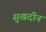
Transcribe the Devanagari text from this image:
सुखदीन